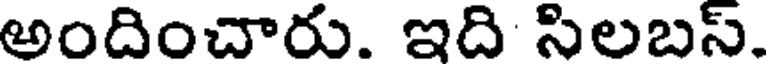
అందించారు. ఇది సిలబస్.